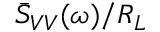
\Bar { S } _ { V V } ( \omega ) / R _ { L }